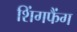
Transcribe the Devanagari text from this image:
शिंगफैंग